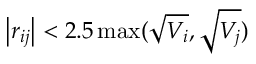
\left| \boldsymbol { r } _ { i j } \right| < 2 . 5 \operatorname* { m a x } ( \sqrt { V _ { i } } , \sqrt { V _ { j } } )